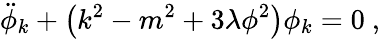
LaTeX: \ddot{\phi}_{k}+\left(k^{2}-m^{2}+3\lambda\phi^{2}\right)\phi_{k}=0\ ,